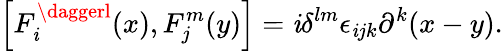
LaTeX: \left[F_{\mathit{i}}^{\daggerl}(x),F_{j}^{m}(y)\right]=\mathit{i}\delta^{lm}\epsilon_{\mathit{i}jk}\partial^{k}(x-y).